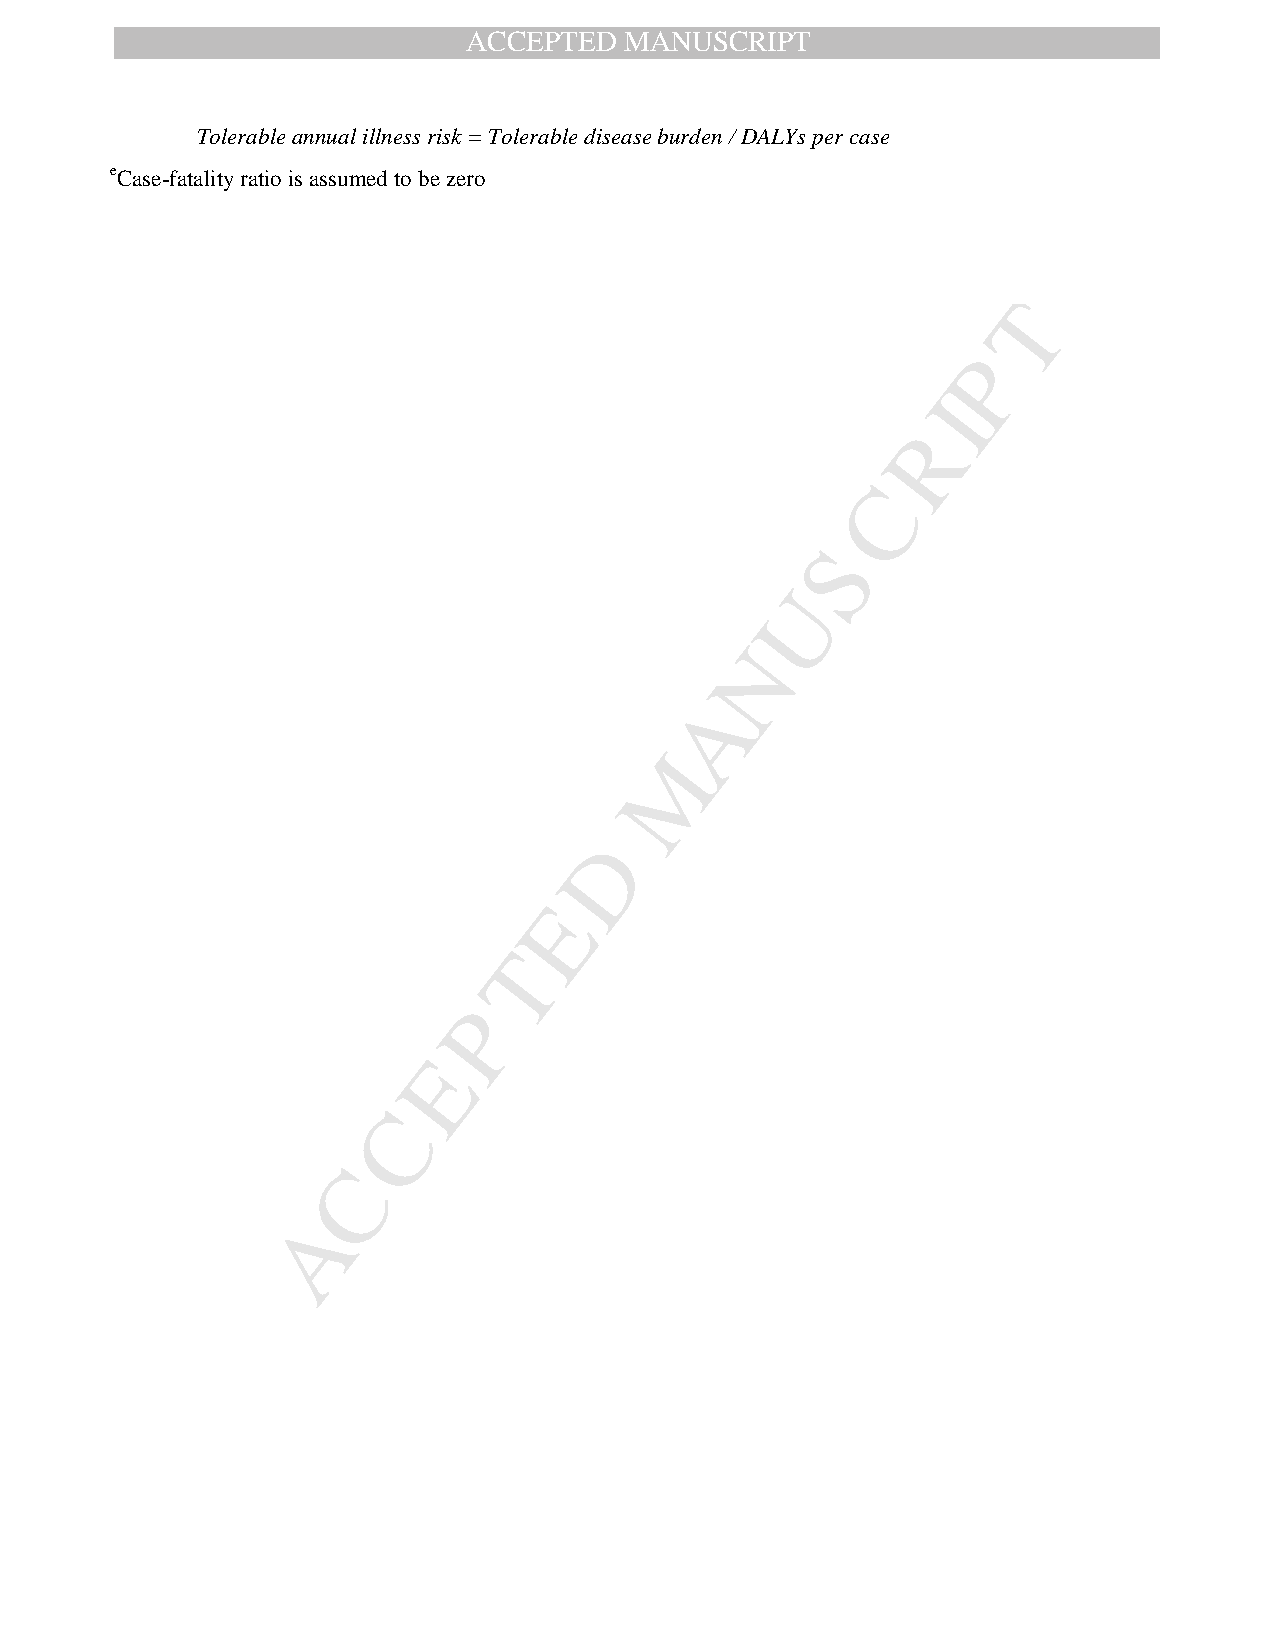
ACCEPTED  MANUSCRIPT
 Tolerable annual illness risk = Tolerable disease burden / DALYs per case
 eCase-fatality ratio is assumed to be zero
 T
 P
 I
 R
 C
 S
 U
 N
 A
 M
 D
 E
 T
 P
 E
 C
 C
 A